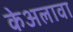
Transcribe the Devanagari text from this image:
केअलावा